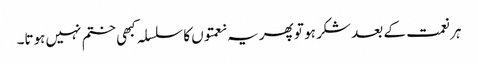
ہر نعمت کے بعد شکر ہو تو پھر یہ نعمتوں کا سلسلہ کبھی ختم نہیں ہوتا۔